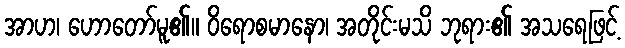
အာဟ၊ ဟောတော်မူ၏။ ဝိရောစမာနော၊ အတိုင်းမသိ ဘုရား၏ အသရေဖြင့်